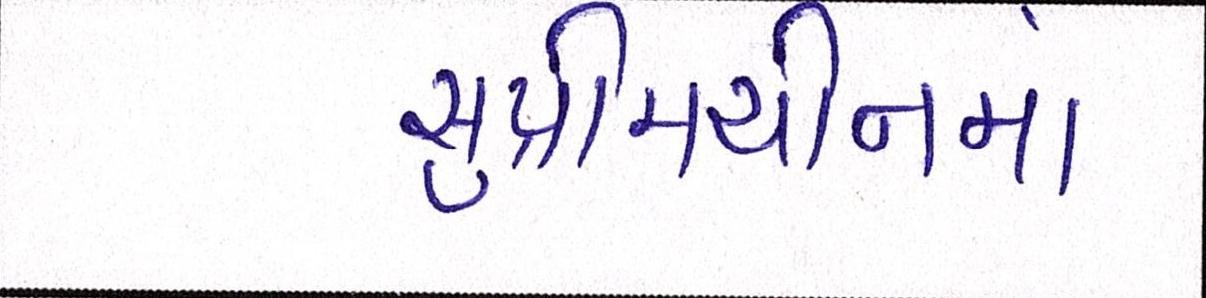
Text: સુપ્રીમચીનમાં